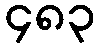
၄၈၃